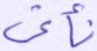
نأتي